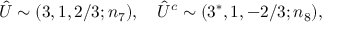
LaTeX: \hat { U } \sim ( 3 , 1 , 2 / 3 ; n _ { 7 } ) , ~ ~ ~ \hat { U } ^ { c } \sim ( 3 ^ { * } , 1 , - 2 / 3 ; n _ { 8 } ) ,